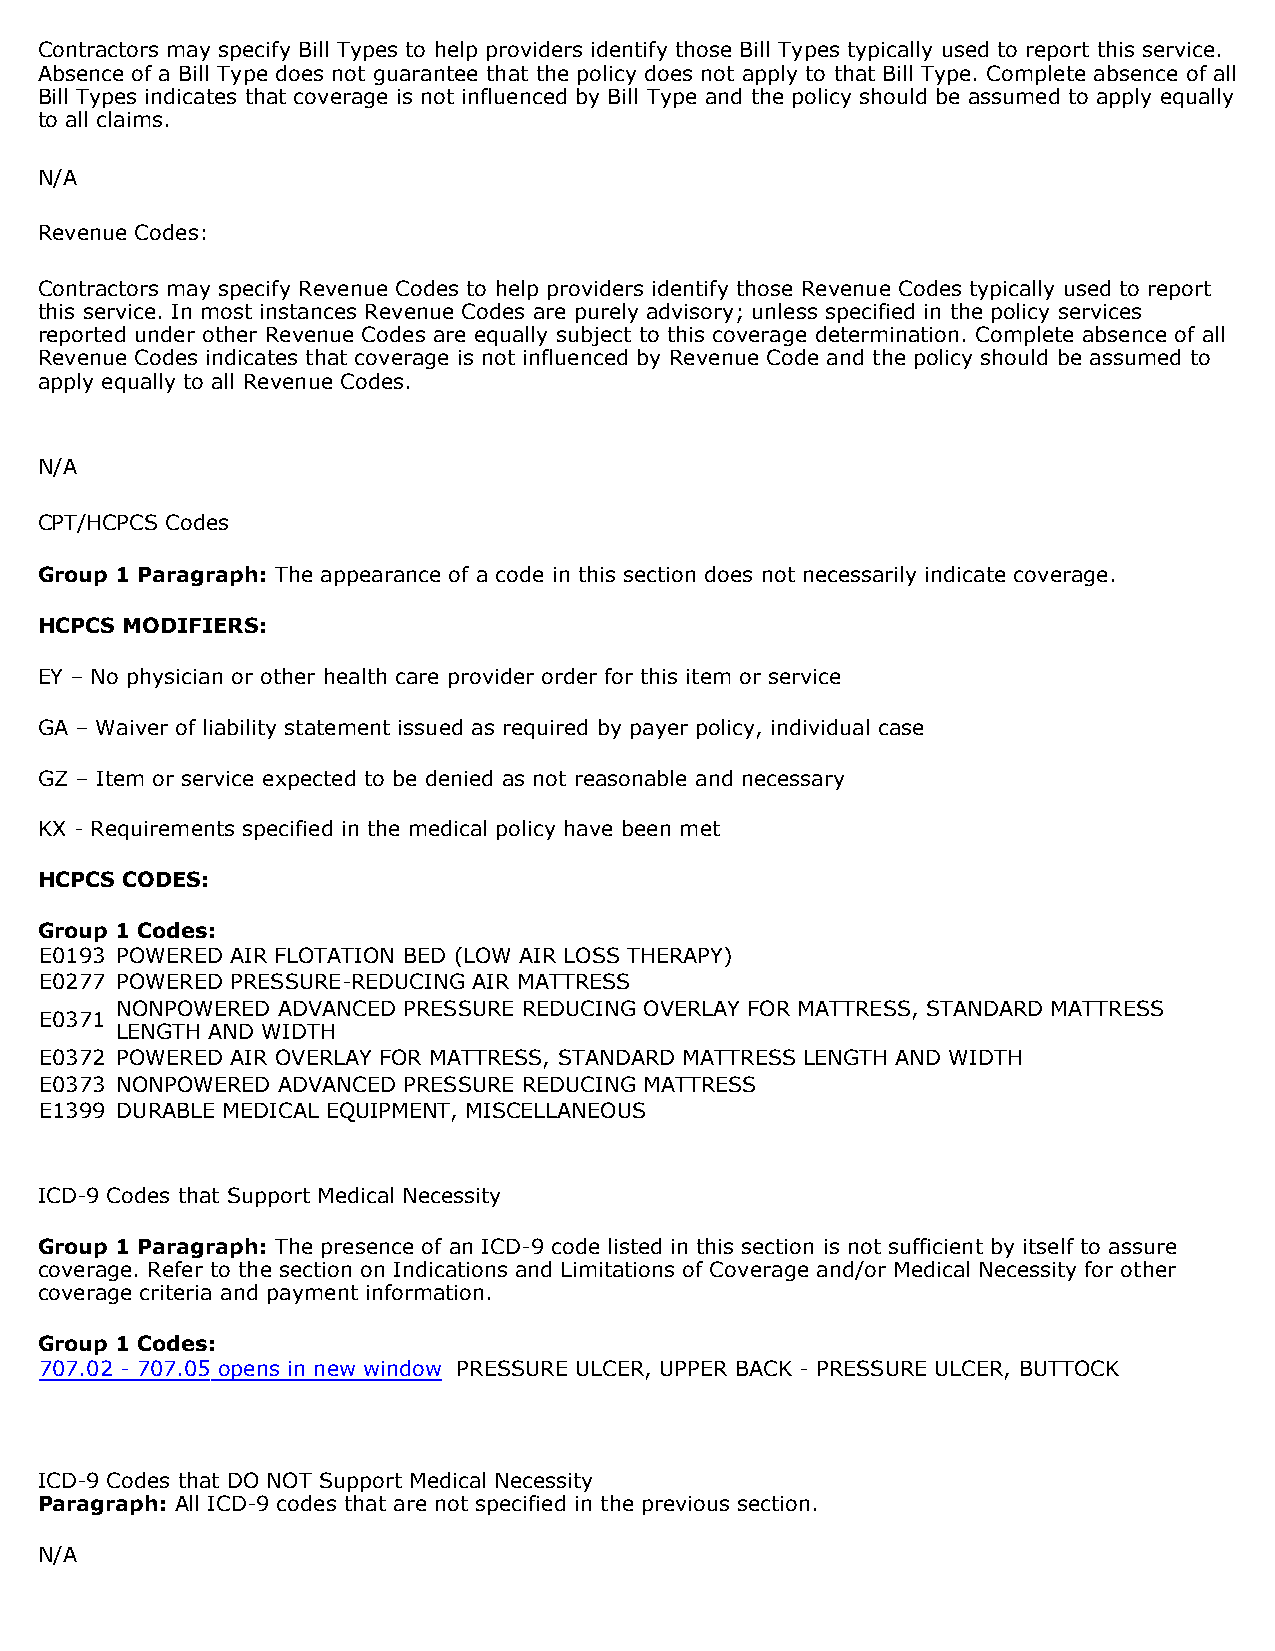
Contractors may specify Bill Types to help providers identify those Bill Types typically used to report this service.
 Absence of a Bill Type does not guarantee that the policy does not apply to that Bill Type. Complete absence of all
 Bill Types indicates that coverage is not influenced by Bill Type and the policy should be assumed to apply equally
 to all claims.
 N/A
 Revenue Codes:
 Contractors may specify Revenue Codes to help providers identify those Revenue Codes typically used to report
 this service. In most instances Revenue Codes are purely advisory; unless specified in the policy services
 reported under other Revenue Codes are equally subject to this coverage determination. Complete absence of all
 Revenue Codes indicates that coverage is not influenced by Revenue Code and the policy should be assumed to
 apply equally to all Revenue Codes.
 N/A
 CPT/HCPCS Codes
 Group 1 Paragraph: The appearance of a code in this section does not necessarily indicate coverage.
 HCPCS MODIFIERS:
 EY – No physician or other health care provider order for this item or service
 GA – Waiver of liability statement issued as required by payer policy, individual case
 GZ – Item or service expected to be denied as not reasonable and necessary
 KX - Requirements specified in the medical policy have been met
 HCPCS CODES:
 Group 1 Codes:
 E0193 POWERED AIR FLOTATION BED (LOW AIR LOSS THERAPY)
 E0277 POWERED PRESSURE-REDUCING AIR MATTRESS
 NONPOWERED ADVANCED PRESSURE REDUCING OVERLAY FOR MATTRESS, STANDARD MATTRESS
 E0371
 LENGTH AND WIDTH
 E0372 POWERED AIR OVERLAY FOR MATTRESS, STANDARD MATTRESS LENGTH AND WIDTH
 E0373 NONPOWERED ADVANCED PRESSURE REDUCING MATTRESS
 E1399 DURABLE MEDICAL EQUIPMENT, MISCELLANEOUS
 ICD-9 Codes that Support Medical Necessity
 Group 1 Paragraph: The presence of an ICD-9 code listed in this section is not sufficient by itself to assure
 coverage. Refer to the section on Indications and Limitations of Coverage and/or Medical Necessity for other
 coverage criteria and payment information.
 Group 1 Codes:
 707.02 - 707.05 opens in new window PRESSURE ULCER, UPPER BACK - PRESSURE ULCER, BUTTOCK
 ICD-9 Codes that DO NOT Support Medical Necessity
 Paragraph: All ICD-9 codes that are not specified in the previous section.
 N/A